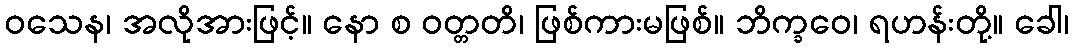
ဝသေန၊ အလိုအားဖြင့်။ နော စ ဝတ္တတိ၊ ဖြစ်ကားမဖြစ်။ ဘိက္ခဝေ၊ ရဟန်းတို့။ ခေါ၊